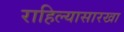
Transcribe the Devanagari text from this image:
राहिल्यासारखा